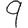
Digit: 9